Medical and sanitary report of the native army of Madras for the year
Year: 1875
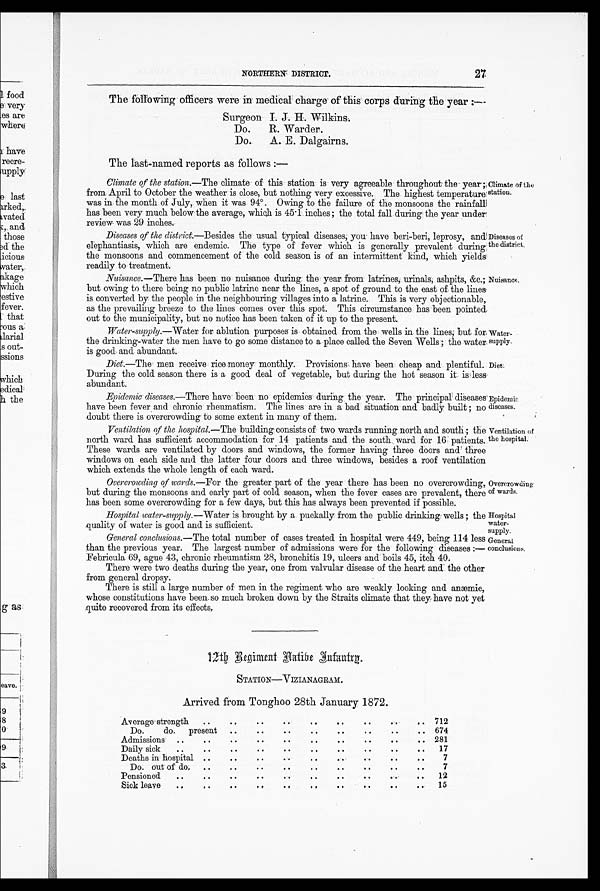
27
NORTHERN DISTRICT.
The following officers were in medical charge of this corps during the year
:—
S u r g e o n I . J . H . W i l k i n s .
Do. R. Warder.
Do. A. E. Dalgairns.
The last-named reports as follows : —
Climate of the station .—The climate of this station is very agreeable throughout the year;
from April to October the weather is close, but nothing very excessive. The highest temperature
was in the month of July, when it was 94°. Owing to the failure of the monsoons the rainfall
has been very much below the average, which is 45.1 inches ; the total fall during the year under
review was 29 inches.
Diseases of the district.—Besides the usual typical diseases, you have beri-beri, leprosy, and
elephantiasis, which are endemic. The type of fever which is generally prevalent during
the monsoons and commencement of the cold season is of an intermittent kind, which yields
readily to treatment.
Nuisance.—There has been no nuisance during the year from latrines, urinals, ashpits, &c.;
but owing to there being no public latrine near the lines, a spot of ground to the east of the lines
is converted by the people in the neighbouring villages into a latrine. This is very objectionable,
as the prevailing breeze to the lines comes over this spot. This circumstance has been pointed
out to the municipality, but no notice has been taken of it up to the present.
Water-supply.—Water for ablution purposes is obtained from the wells in the lines, but for
the drinking-water the men have to go some distance to a place called the Seven Wells ; the water
is good and abundant.
Diet.—The men receive rice money monthly. Provisions have been cheap and plentiful.
During the cold season there is a good deal of vegetable, but during the hot season it is less
abundant.
Epidemic diseases.—There have been no epidemics during the year. The principal diseases
have been fever and chronic rheumatism. The lines are in a bad situation and badly built ; no
doubt there is overcrowding to some extent in many of them.
Ventilation of the hospital.—The building consists of two wards running north and south ; the
north ward has sufficient accommodation for 14 patients and the south ward for 16 patients.
These wards are ventilated by doors and windows, the former having three doors and three
windows on each side and the latter four doors and three windows, besides a roof ventilation
which extends the whole length of each ward.
Climate of the
station.
Diseases of
the district.
Nuisance:.
Water-
supply.
Diet
Epidemic
diseases.
Ventilation of
the hospital.
Overcrowding of wards.—For the greater part of the year there has been no overcrowding,
but during the monsoons and early part of cold season, when the fever cases are prevalent, there
has been some overcrowding for a few days, but this has always been prevented if possible.
Hospital water-supply .—Water is brought by a puckally from the public drinking wells ; the
quality of water is good and is sufficient.
General conclusions .—The total number of eases treated in hospital were 449, being 114 less
than the previous year. The largest number of admissions were for the following diseases :—
Febricula 69, ague 43, chronic rheumatism 28, bronchitis 19, ulcers and boils 45, itch 40.
There were two deaths during the year, one from valvular disease of the heart and the other
from general dropsy.
There is still a large number of men in the regiment who are weakly looking and anæmic,
whose constitutions have been. so much broken down by the Straits climate that they have not yet
quite recovered from its effects.
12th Regiment Aatibe Infantry
.
STATION—VIZIANAGRAM.
Arrived from Tonghoo 28th January 1872.
Average strength
• •
.. •
•
• •
..
• •
• •
• .
, .
712
Do.
do.
present
..
• .
• •
• •
..
..
..
674
Admissions
..
• •
• .
• .
• •
..
• .
• •
• •
..
281
Daily sick
• •
• .
• •
..
• •
..
• .
• •
• •
17
Deaths in hospital ..
• •
• •
• •
.. '
...
• •
..
7
D o. out of do,
..
..
..
• •
• .
• .
..
..
..
7
Pensioned
• .
• •
..
..
.. ..
• •
•..
• •
12
Sick leave
• ,
..
.. •
.
.. • .
.. .. ..
15
Overcrowding of wards.
Hospital supply.
General
conclusions.